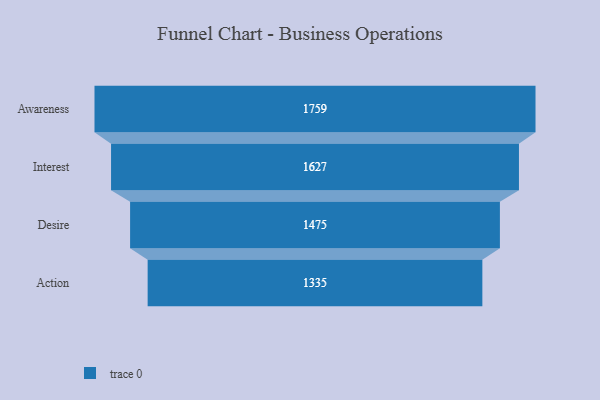
{"axis": {"x": "Stage", "y": "Value"}, "legend": [""], "data": [{"x": "Awareness", "y": 1759.0, "type": ""}, {"x": "Interest", "y": 1627.0, "type": ""}, {"x": "Desire", "y": 1475.0, "type": ""}, {"x": "Action", "y": 1335.0, "type": ""}]}